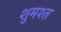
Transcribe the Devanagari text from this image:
शुमश्त